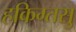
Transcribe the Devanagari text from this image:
हकिग्तसु